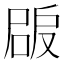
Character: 𡲠